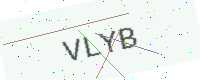
Text: VLYB